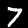
Label: 7